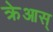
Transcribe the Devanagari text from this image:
क्रेआस्